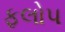
ફલોપ